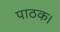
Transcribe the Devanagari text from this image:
पाठक।